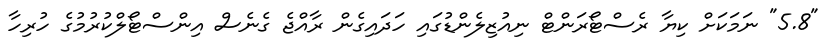
"5.8" ނަމަކަށް ކިޔާ ރެސްޓޯރަންޓް ނިއުޒިލެންޑުގައި ހަދައިގެން ރާއްޖެ ގެނެސް އިންސްޓޯލްކުރުމުގެ ހުރިހާ